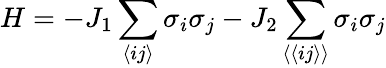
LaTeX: H=-{{J}_{1}}\sum_{\langle ij\rangle}{{{\sigma}_{i}}}{{\sigma}_{j}}-{{J}_{2}}\sum_{\langle\langle ij\rangle\rangle}{{{\sigma}_{i}}}{{\sigma}_{j}}